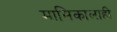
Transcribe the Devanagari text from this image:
मासिकालाही